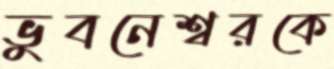
ভুবনেশ্বরকে